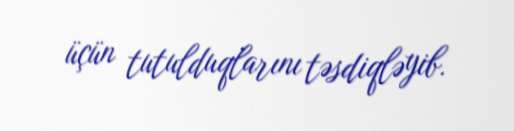
üçün tutulduqlarını təsdiqləyib.